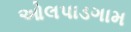
ઓલપાડગામ